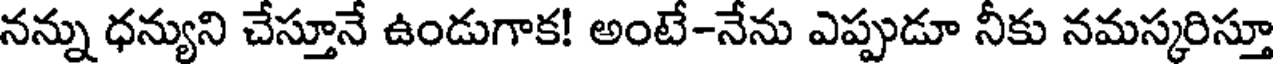
నన్ను ధన్యుని చేస్తూనే ఉండుగాక! అంటే-నేను ఎప్పుడూ నీకు నమస్కరిస్తూ